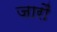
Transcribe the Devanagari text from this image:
जारौं